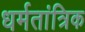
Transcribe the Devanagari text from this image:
धर्मतांत्रिक